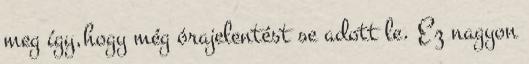
meg így,hogy még órajelentést se adott le. Ez nagyon